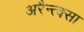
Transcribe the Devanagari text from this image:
अरैन्त्क्सा